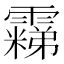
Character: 𬰐